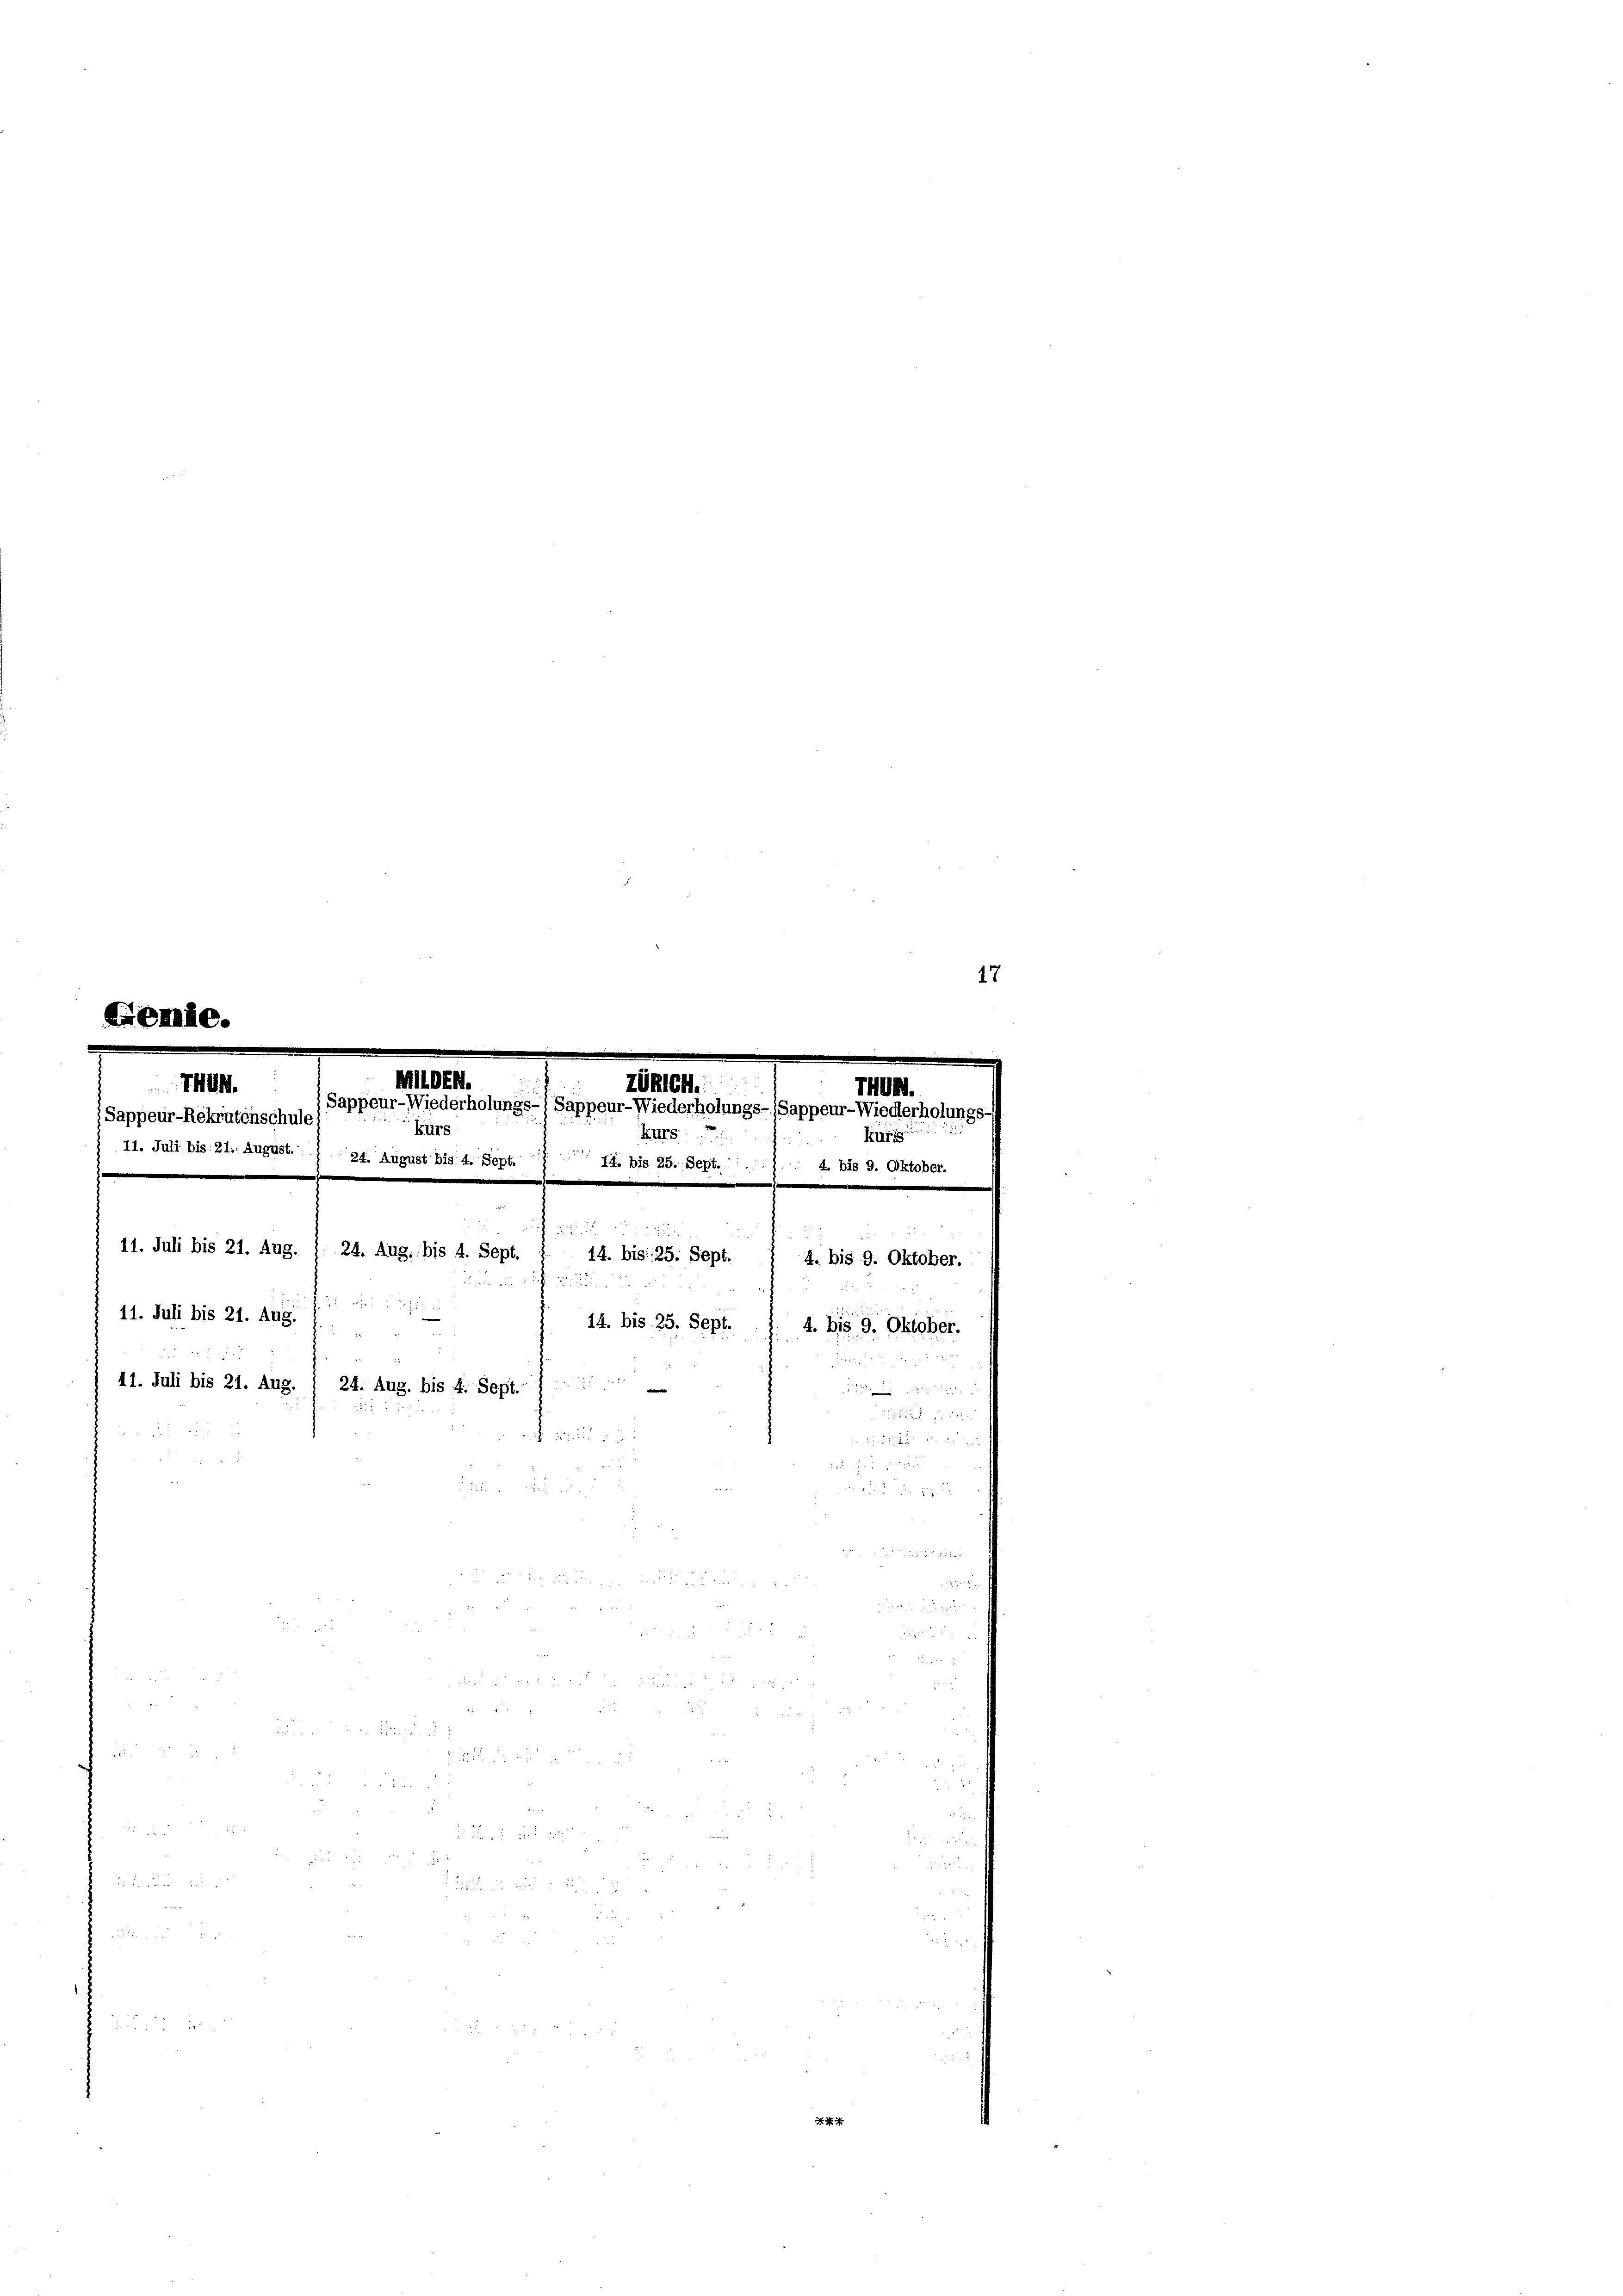
1404.
ZURICH.
THUB.
Sappeur-Rekrutenschule
kurs
kürte
) 11. Juli bis 21. August.
4. bis 9. Oktober.
.
.
11. Juli bis 21. Aug.
14. bis 25. Sept. 1 4. bis 9. Oktober.

.
us ein
u
11. Juli bis 21. Aug. 1
14. bis 25. Sept.
11. Juli bis 21. Aug.
24. Aug. bis 4. Sept. 1
e
 55 x

17

MOrn.
Sappeur-Wiederholungs-, Sappeur-Wiederholungs- (Sappeur-Wiederholungs
kurs
24. August bis 4. Sept. 1 ff. bis 25. Sept....
.

24. Aug. bis 4. Sept.

4. bis 9. Oktober.
d

  5 d